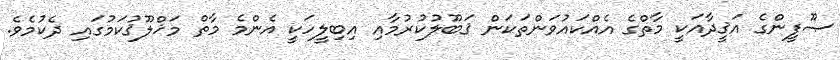
ޞޫފީންގެ އަޤީދާއަކީ މާތްގެ އެއްކައުވަންތަކަން ޤަބޫލުކުރުމާއި އިބިލީހަކީ އެންމެ މާތް މަޚްލޫޤުކަމުގައި ދެކުމެވެ.